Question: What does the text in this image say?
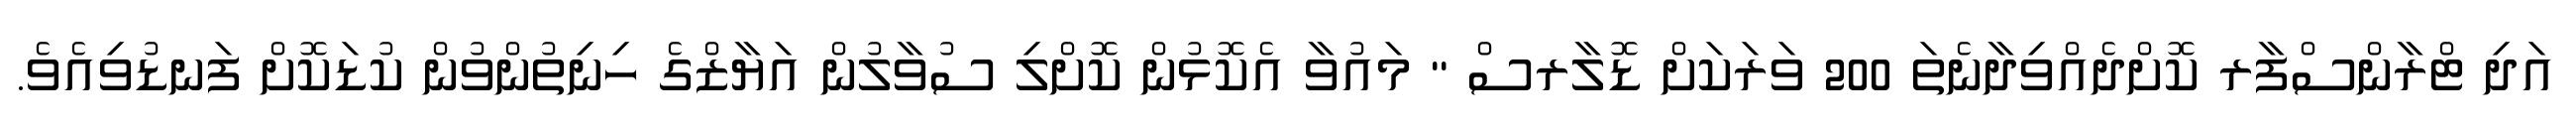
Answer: އަދި ޓްރާންސްފާރ ކޮށްދެއްވިދާނެތަ 200 ވަރަކަށް ޑޮލާރސް " މައުވާ އެކޮޅުން ކޮށްލި ސުވާލުން އަޔާޒްގެ ހިނިތުންވުން ކުޑަކޮށް ފަނޑުވިއެވެ.